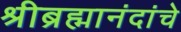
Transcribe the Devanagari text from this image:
श्रीब्रह्मानंदांचे